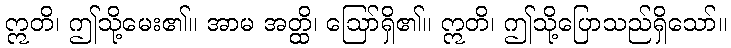
ဣတိ၊ ဤသို့မေး၏။ အာမ အတ္ထိ၊ ဩော်ရှိ၏။ ဣတိ၊ ဤသို့ပြောသည်ရှိသော်။